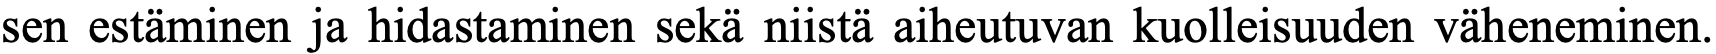
sen estäminen ja hidastaminen sekä niistä aiheutuvan kuolleisuuden väheneminen.